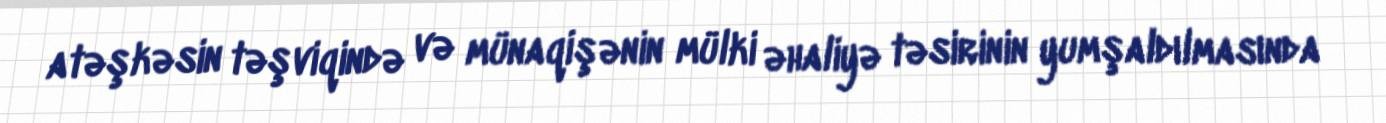
atəşkəsin təşviqində və münaqişənin mülki əhaliyə təsirinin yumşaldılmasında